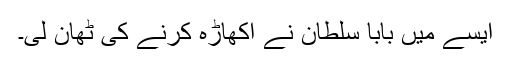
ایسے میں بابا سلطان نے اکھاڑہ کرنے کی ٹھان لی۔